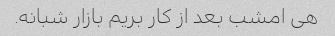
هی امشب بعد از کار بریم بازار شبانه.